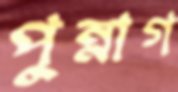
পুন্নাগ